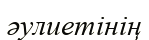
әулиетінің